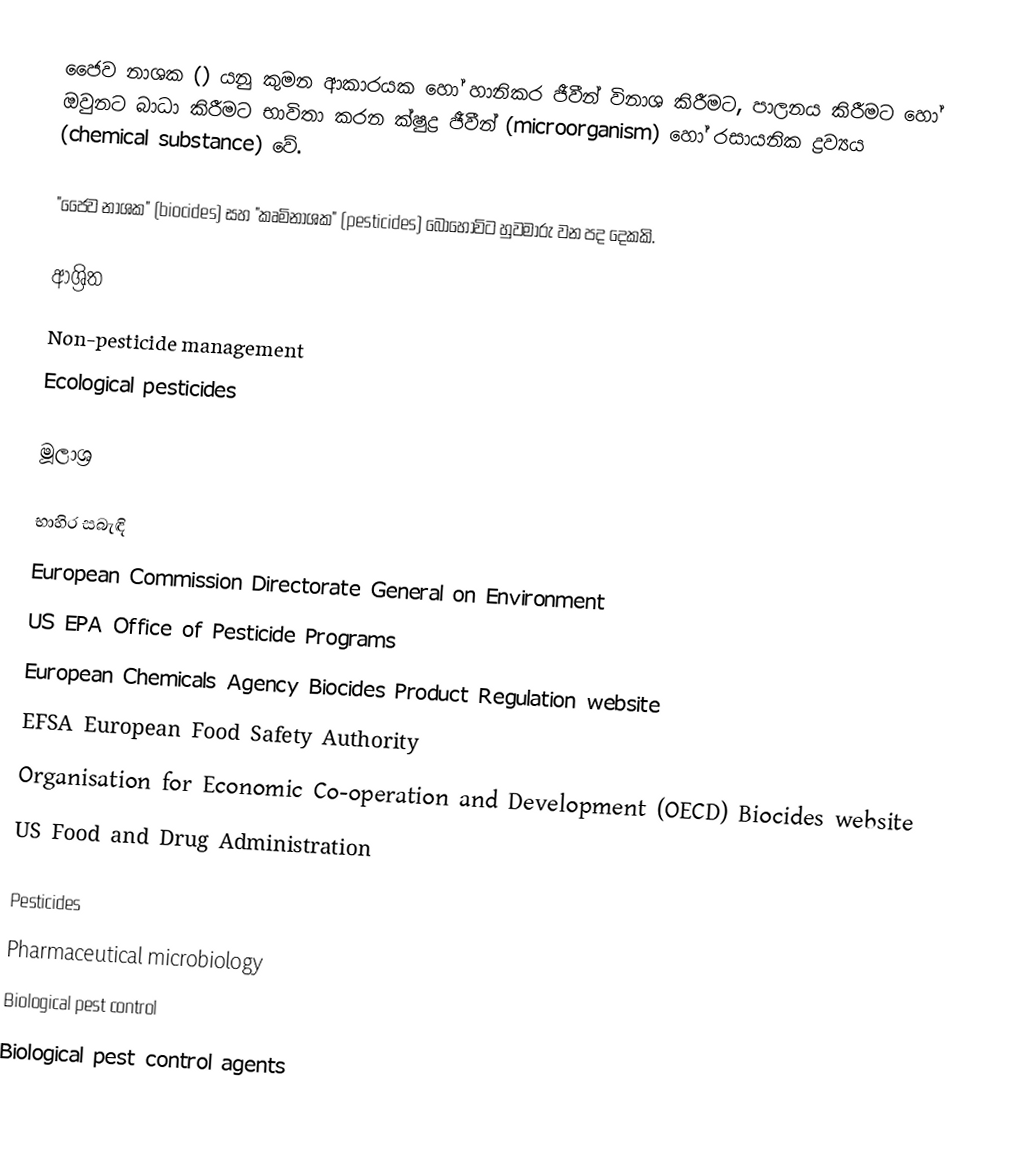
ජෛව නාශක () යනු කුමන ආකාරයක හෝ හානිකර ජීවීන් විනාශ කිරීමට, පාලනය කිරීමට හෝ ඔවුනට බාධා කිරීමට භාවිතා කරන  ක්ෂුද්‍ර ජීවීන් (microorganism) හෝ රසායනික ද්‍රව්‍යය (chemical substance) වේ.

"ජෛව නාශක" (biocides) සහ "කෘමිනාශක" (pesticides) බොහෝවිට හුවමාරු වන පද දෙකකි.

ආශ්‍රිත
 Non-pesticide management
 Ecological pesticides

මූලාශ්‍ර

භාහිර සබැඳි
 European Commission Directorate General on Environment
 US EPA Office of Pesticide Programs
 European Chemicals Agency Biocides Product Regulation website
 EFSA European Food Safety Authority
 Organisation for Economic Co-operation and Development (OECD) Biocides website
 US Food and Drug Administration

Pesticides
Pharmaceutical microbiology
Biological pest control
Biological pest control agents